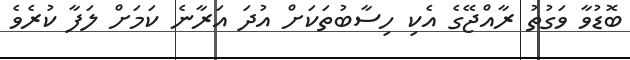
ބޮޑުވާ ވަގުތު ރާއްޖޭގެ އެކި ހިސާބުތަކަށް އުދަ އަރާނެ ކަމަށް ލަފާ ކުރެވެ